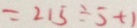
= 2 1 5 \div 5 + 1